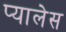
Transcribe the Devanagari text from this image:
प्यालेस